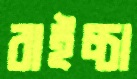
বাইচ্চা